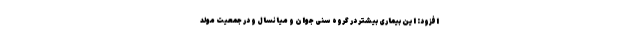
افزود: این بیماری بیشتر در گروه سنی جوان و میانسال و در جمعیت مولد